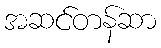
အဆင်တန်ဆာ